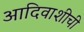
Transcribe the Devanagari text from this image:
आदिवाशीची